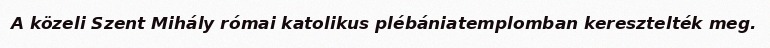
A közeli Szent Mihály római katolikus plébániatemplomban keresztelték meg.